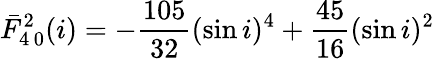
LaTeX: \bar{F}_{4\, 0}^{2}(i)=-\frac{105}{32}(\sin i)^{4}+\frac{45}{16}(\sin i)^{2}